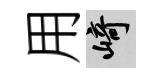
用崎